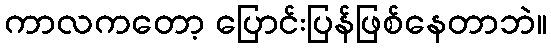
ကာလကတော့ ပြောင်းပြန်ဖြစ်နေတာဘဲ။